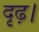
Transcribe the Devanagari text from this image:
दृढ़।